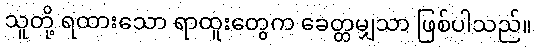
သူတို့ ရထားသော ရာထူးတွေက ခေတ္တမျှသာ ဖြစ်ပါသည်။